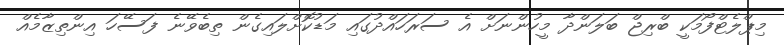
މިޕްލެޓްފޯމަކީ ބްރިޖް ބަލަންދާ މީހުންނަށް އެ ސަރަހައްދުގައި މަޑުކޮށްލައިގެން ތިބެވޭނެ ފަސޭހަ އިންތިޒާމެއް